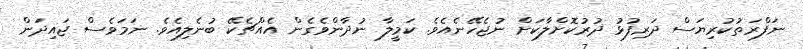
ނަފްރަތުކުރިޔަސް ދަރިފުޅު ދުރުކޮށްލާކަށް ނުޖެހޭނެއެވެ. ކަމީލާ ނުދާންވެގެން އެއްޗެކޭ ބުނެލިއެވެ. ނަމަވެސް ޖައިދަން